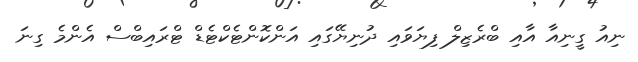
ނިއު ގީނިއާ އާއި ބްރެޒިލް ފިޔަވައި ދުނިޔޭގައި އަންކޮންޓެކްޓެޑް ޓްރައިބްސް އެންމެ ގިނަ